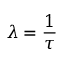
\lambda = { \frac { 1 } { \tau } }